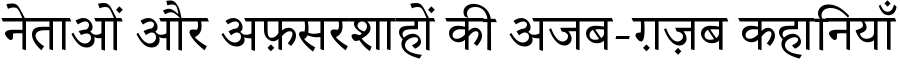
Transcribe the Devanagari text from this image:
नेताओं और अफ़सरशाहों की अजब-ग़ज़ब कहानियाँ